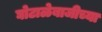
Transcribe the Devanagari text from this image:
घोटाळेबाजीच्या